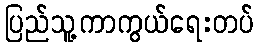
ပြည်သူ့ကာကွယ်ရေးတပ်